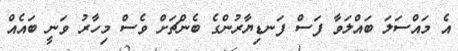
އެ މައްސަލަ ބައްލަވާ ފަސް ފަނޑިޔާރުންގެ ބެންޗަށް ވެސް މިހާރު ވަނީ ބައެއް